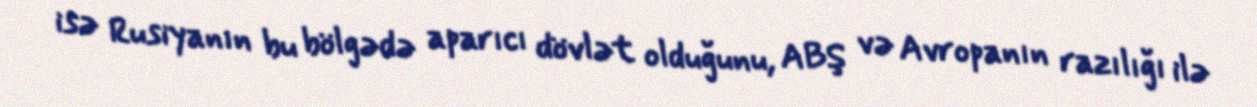
isə Rusiyanın bu bölgədə aparıcı dövlət olduğunu, ABŞ və Avropanın razılığı ilə